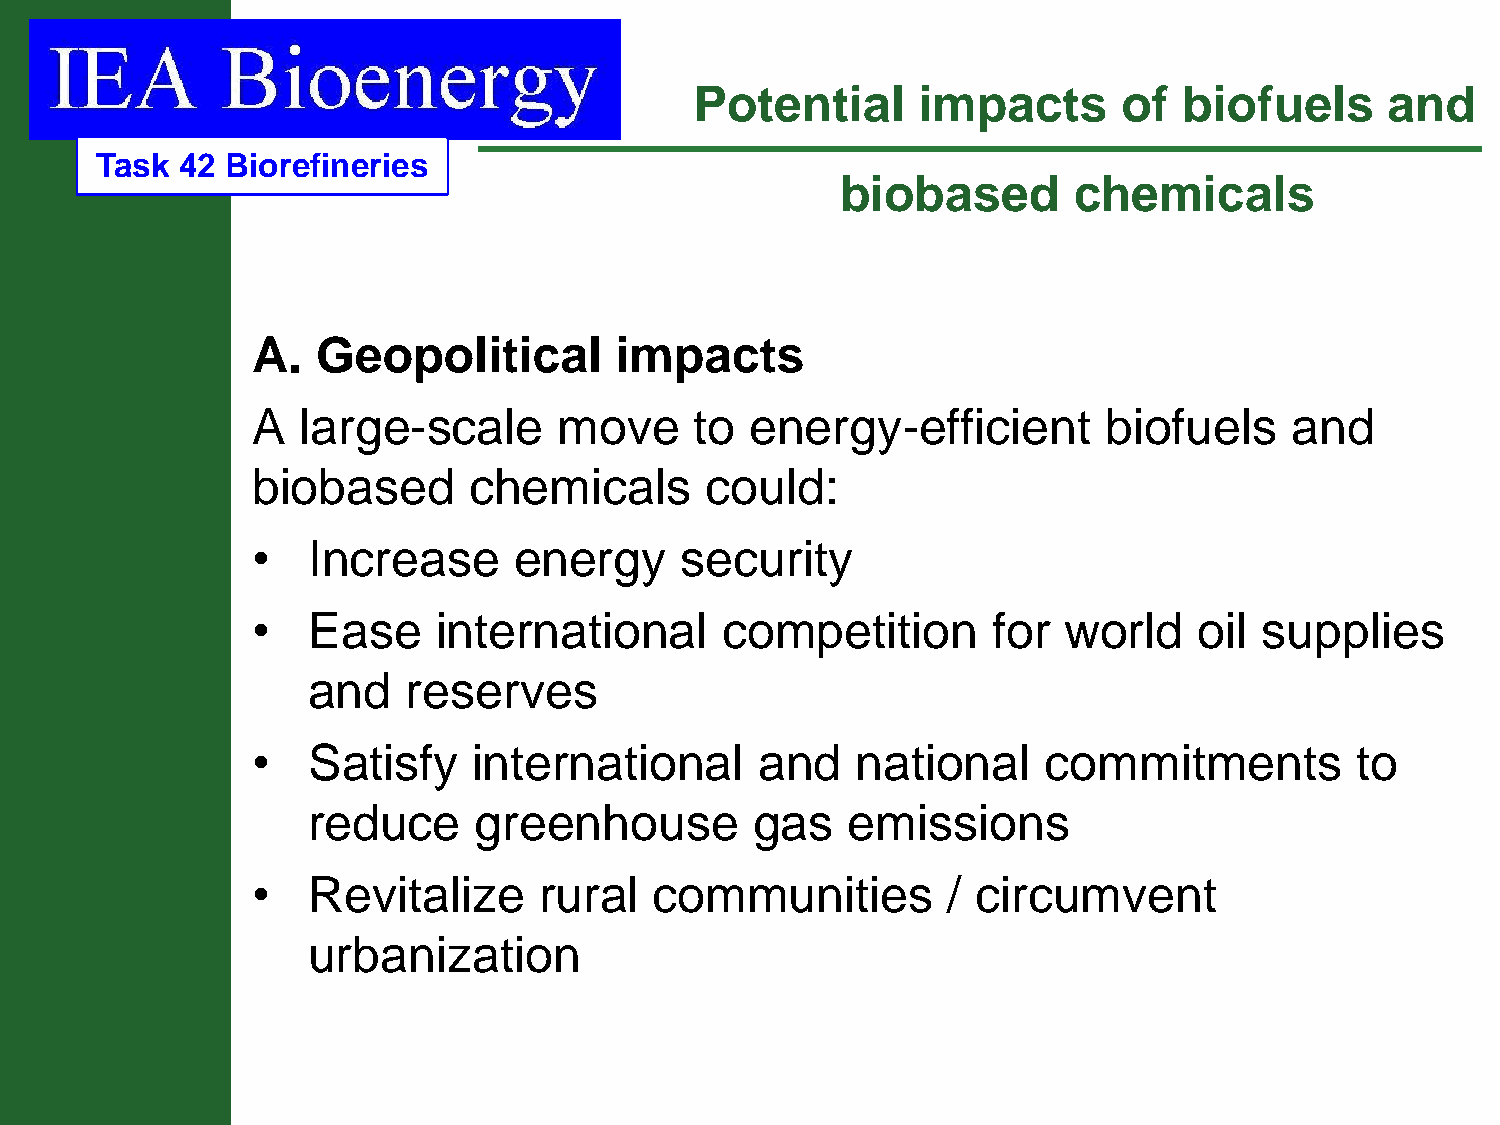
Potential      impacts      of  biofuels      and
 Task  42 Biorefineries
 biobased       chemicals
 A.  Geopolitical        impacts
 A  large-scale      move     to  energy-efficient       biofuels     and
 biobased      chemicals       could:
 •  Increase      energy     security
 •  Ease     international      competition       for world    oil  supplies
 and    reserves
 •  Satisfy    international      and    national    commitments          to
 reduce     greenhouse         gas   emissions
 •  Revitalize      rural  communities         / circumvent
 urbanization